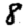
Digit: 8